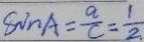
8 m A = \frac { a } { c } = \frac { 1 } { 2 }